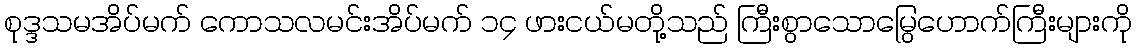
စုဒ္ဒသမအိပ်မက် ကောသလမင်းအိပ်မက် ၁၄ ဖားငယ်မတို့သည် ကြီးစွာသောမြွေဟောက်ကြီးများကို